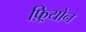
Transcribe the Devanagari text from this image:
फ़्रियोन